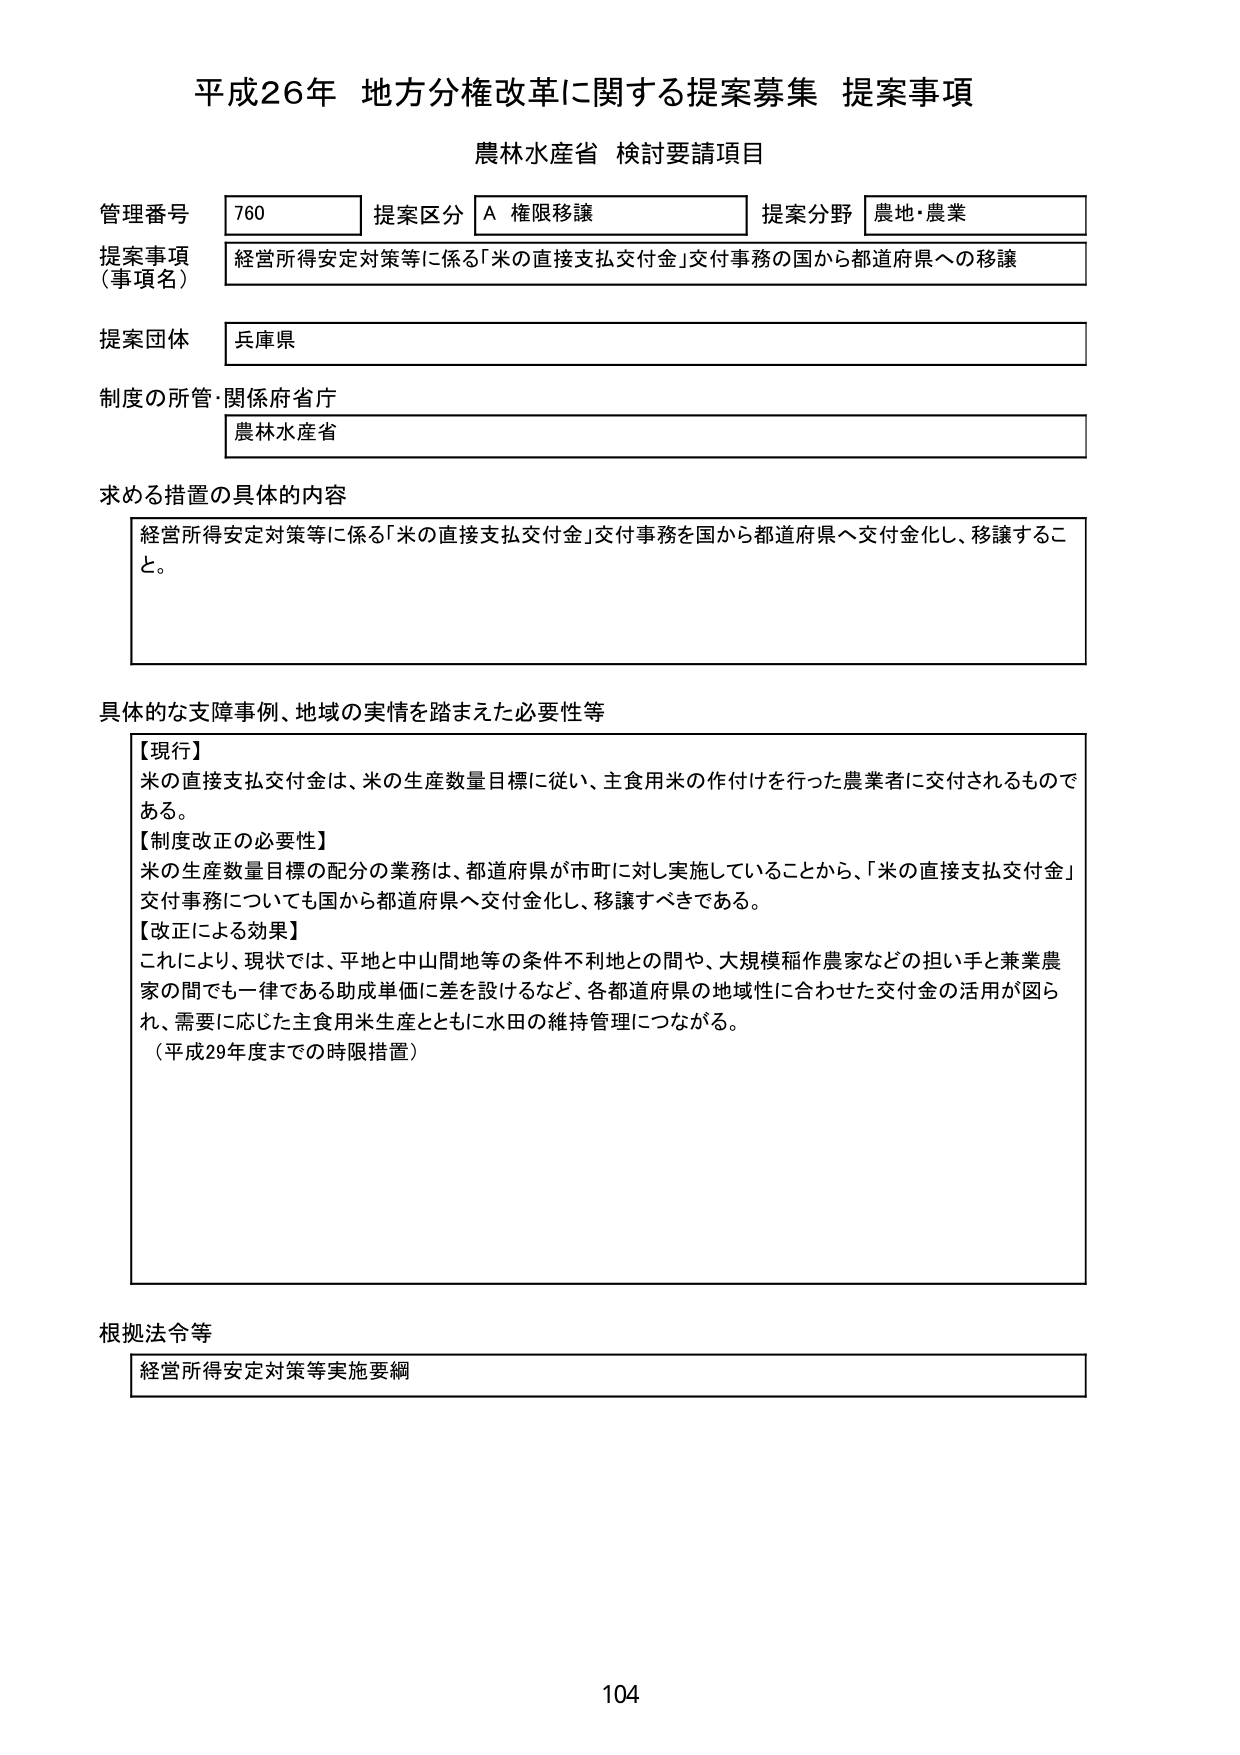
平成26年 地方分権改革に関する提案募集 提案事項
農林水産省 検討要請項目

管理番号 760 提案区分 A 権限移譲 提案分野 農地・農業
提案事項（事項名） 経営所得安定対策等に係る「米の直接支払交付金」交付事務の国から都道府県への移譲
提案団体 兵庫県
制度の所管・関係府省庁 農林水産省

求める措置の具体的な内容
経営所得安定対策等に係る「米の直接支払交付金」交付事務を国から都道府県へ交付金化し、移譲すること。

具体的な支障事例、地域の実情を踏まえた必要性等
【現行】
米の直接支払交付金は、米の生産数量目標に従い、主食用米の作付けを行った農業者に交付されるものである。
【制度改正の必要性】
米の生産数量目標の配分の業務は、都道府県が市町に対し実施していることから、「米の直接支払交付金」交付事務についても国から都道府県へ交付金化し、移譲すべきである。
【改正による効果】
これにより、現状では、平地と中山間地等の条件不利地との間や、大規模稲作農家などの担い手と兼業農家の間でも一律である助成単価に差を設けるなど、各都道府県の地域性に合わせた交付金の活用が図られ、需要に応じた主食用米生産とともに水田の維持管理につながる。
（平成29年度までの時限措置）

根拠法令等
経営所得安定対策等実施要綱

104